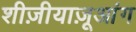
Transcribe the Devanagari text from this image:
शीज़ीयाज़ूआंग